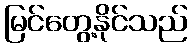
မြင်တွေ့နိုင်သည်